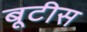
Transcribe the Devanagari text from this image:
बूटीस